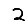
Digit: 2